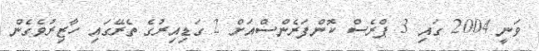
ވަނީ 2004 ގައި 3 ޕްރެސް ކޮންފަރެންސްއަށް 2 ގަޑިއިރުގެ ތެރޭގައި ހާޒިރުވެގެން